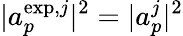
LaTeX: |a_{p}^{\mathrm{exp},j}|^{2}=|a_{p}^{j}|^{2}